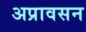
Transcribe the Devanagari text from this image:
अप्रावसन